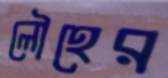
লৌহের